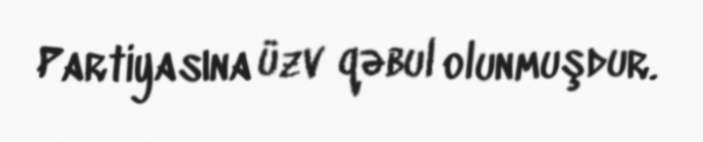
Partiyasına üzv qəbul olunmuşdur.